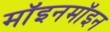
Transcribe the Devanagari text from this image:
मॉइनमॉइन